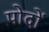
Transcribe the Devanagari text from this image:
पोदों